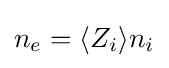
n_{e}=\langle Z_{i}\rangle n_{i}